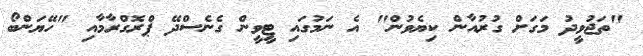
"ތަޖުވީދު މަގަށް ގުރުއާން ކިޔެވުން" އެ ނަމުގައި ޓީވީން ގެނެސްދޭ ޕްރޮގްރާމާއި "ހޭޔަންބޯ